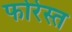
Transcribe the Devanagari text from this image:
फोरेस्त